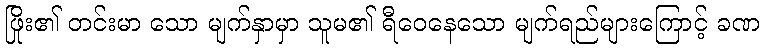
ဖြိုး၏ တင်းမာ သော မျက်နှာမှာ သူမ၏ ရီဝေနေသော မျက်ရည်များကြောင့် ခဏ